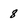
Character: 8